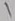
Text: 1